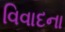
વિવાદના